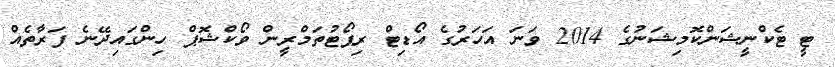
ޓީ ޓެކްނީޝަންކޮމިޝަނުގެ 2014 ވަނަ އަހަރުގެ އޯޑިޓް ރިޕޯޓުތަމްރީން ވޯކްޝޮޕް ހިންގައިދޭނެ ފަރާތެއް